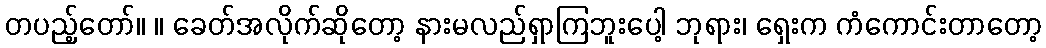
တပည့်တော်။ ။ ခေတ်အလိုက်ဆိုတော့ နားမလည်ရှာကြဘူးပေါ့ ဘုရား၊ ရှေးက ကံကောင်းတာတော့